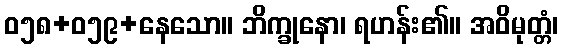
ဝ၅၈+၀၅၉+နေသော။ ဘိက္ခုနော၊ ရဟန်း၏။ အဝိမုတ္တံ၊